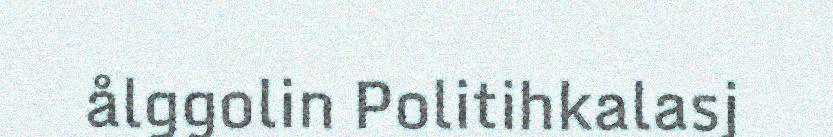
ålggolin Politihkalasj